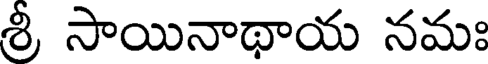
శ్రీ సాయినాథాయ నమః